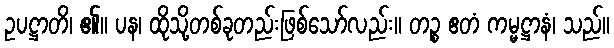
ဥပဋ္ဌာတိ၊ ၏။ ပန၊ ထိုသို့တစ်ခုတည်းဖြစ်သော်လည်း။ တဉ္စ ဧတံ ကမ္မဋ္ဌာနံ၊ သည်။